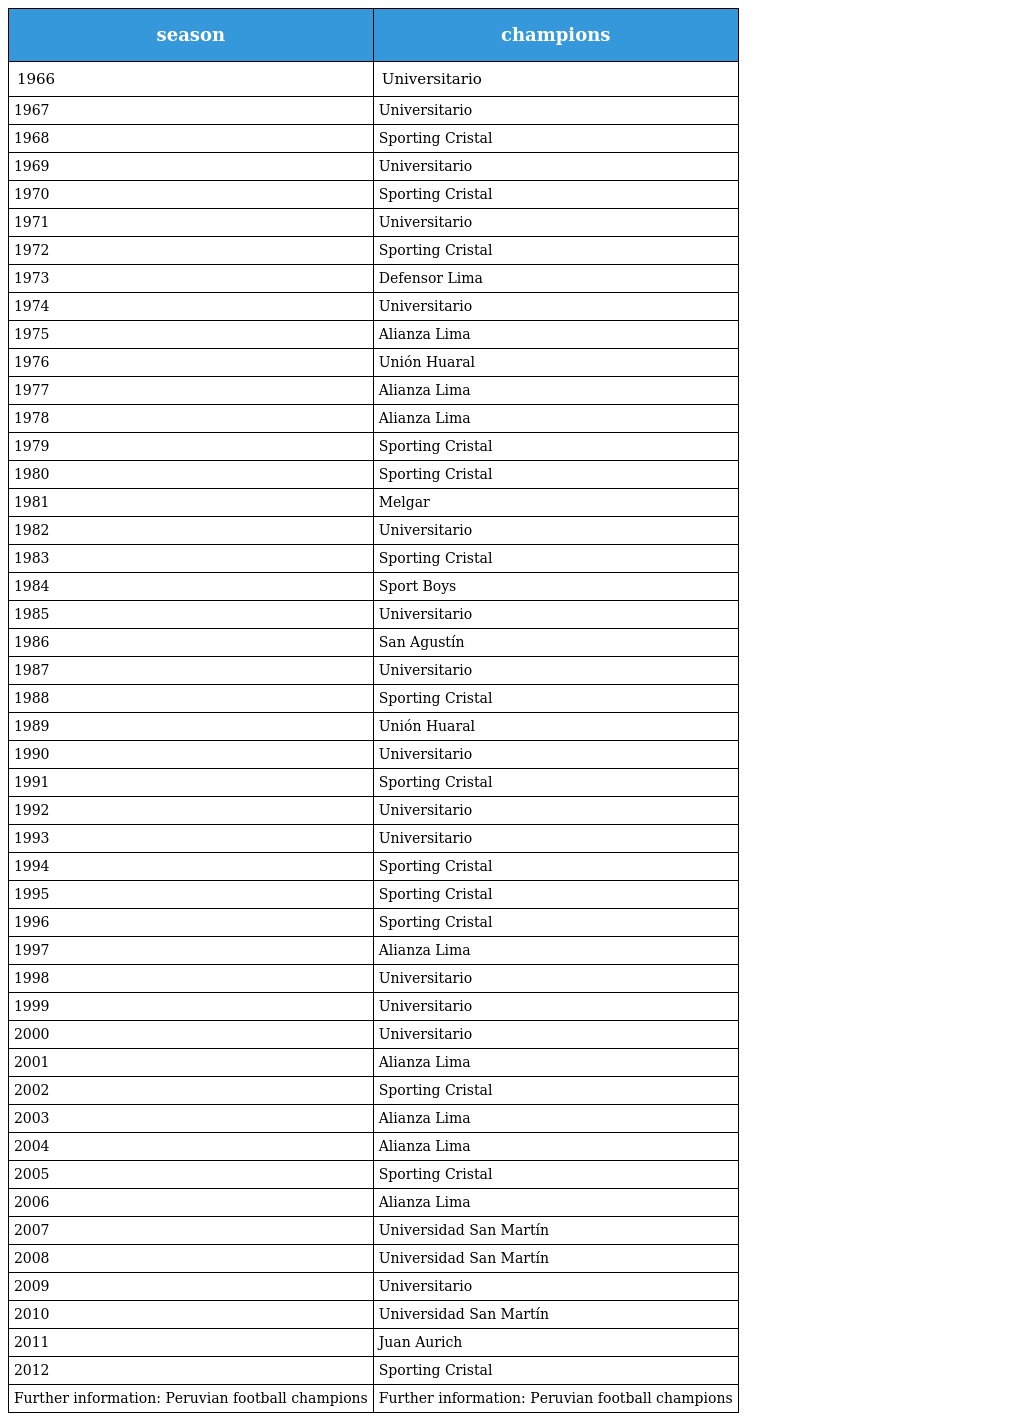
| season | champions |
 | --- | --- |
 | 1966 | Universitario |
 | 1967 | Universitario |
 | 1968 | Sporting Cristal |
 | 1969 | Universitario |
 | 1970 | Sporting Cristal |
 | 1971 | Universitario |
 | 1972 | Sporting Cristal |
 | 1973 | Defensor Lima |
 | 1974 | Universitario |
 | 1975 | Alianza Lima |
 | 1976 | Unión Huaral |
 | 1977 | Alianza Lima |
 | 1978 | Alianza Lima |
 | 1979 | Sporting Cristal |
 | 1980 | Sporting Cristal |
 | 1981 | Melgar |
 | 1982 | Universitario |
 | 1983 | Sporting Cristal |
 | 1984 | Sport Boys |
 | 1985 | Universitario |
 | 1986 | San Agustín |
 | 1987 | Universitario |
 | 1988 | Sporting Cristal |
 | 1989 | Unión Huaral |
 | 1990 | Universitario |
 | 1991 | Sporting Cristal |
 | 1992 | Universitario |
 | 1993 | Universitario |
 | 1994 | Sporting Cristal |
 | 1995 | Sporting Cristal |
 | 1996 | Sporting Cristal |
 | 1997 | Alianza Lima |
 | 1998 | Universitario |
 | 1999 | Universitario |
 | 2000 | Universitario |
 | 2001 | Alianza Lima |
 | 2002 | Sporting Cristal |
 | 2003 | Alianza Lima |
 | 2004 | Alianza Lima |
 | 2005 | Sporting Cristal |
 | 2006 | Alianza Lima |
 | 2007 | Universidad San Martín |
 | 2008 | Universidad San Martín |
 | 2009 | Universitario |
 | 2010 | Universidad San Martín |
 | 2011 | Juan Aurich |
 | 2012 | Sporting Cristal |
 | Further information: Peruvian football champions | Further information: Peruvian football champions |